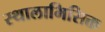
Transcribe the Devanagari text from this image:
स्थालाभिसिक्त